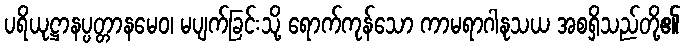
ပရိယုဋ္ဌာနပ္ပတ္တာနမေဝ၊ မပျက်ခြင်းသို့ ရောက်ကုန်သော ကာမရာဂါနုသယ အစရှိသည်တို့၏